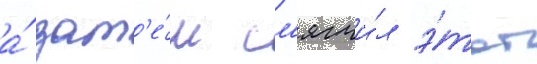
а́ зат'е́м см'ягчи́л э́тот